Report of the Indian Hemp Drugs Commission, 1894-1895 - Volume VI
Year: 1894
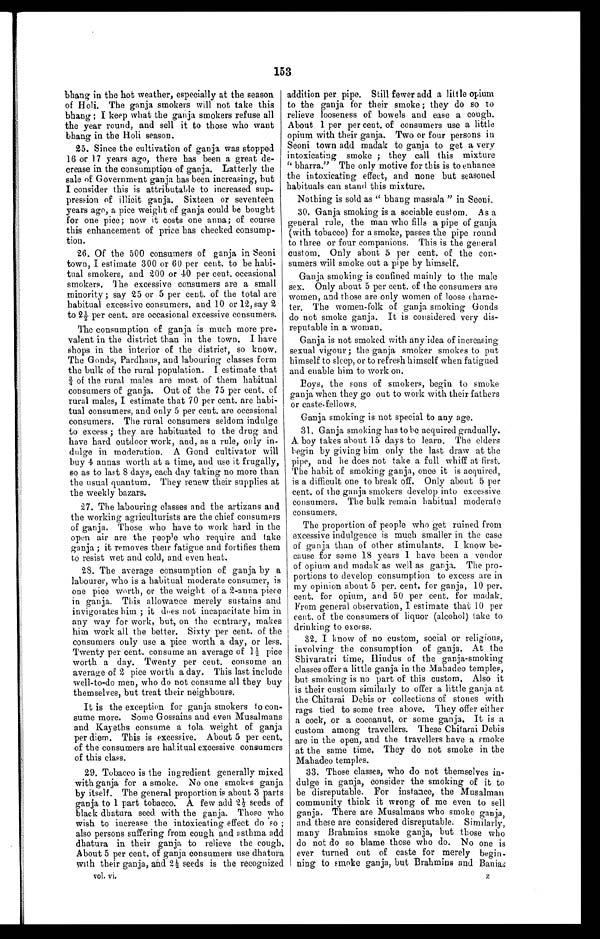
153
bhang in the hot weather, especially at the season
of Holi. The ganja smokers will not take this
bhang ; I keep what the ganja smokers refuse all
the year round, and sell it to those who want
bhang in the Holi season.
25. Since the cultivation of ganja was stopped
16 or 17 years ago, there has been a great de
-
crease in the consumption of ganja. Latterly the
sale of Government ganja has been increasing, but
I consider this is attributable to increased sup
-
pression of illicit ganja. Sixteen or seventeen
years ago, a pice weight of ganja could be bought
for one pice; now it costs one anna; of course
this enhancement of price has checked consump
- t i o n .
26. Of the 500 consumers of ganja in Seoni
town, I estimate 300 or 60 per cent. to be habi
-
tual smokers, and 200 or 40 per cent. occasional
smokers. The excessive consumers are a small
minority; say 25 or 5 per cent. of the total are
habitual excessive consumers, and 10 or 12, say 2
to 2½ per cent. are occasional excessive consumers.
The consumption of ganja is much more pre
-
valent in the district than in the town. I have
shops in the interior of the district, so know.
The Gonds, Pardhans, and labouring classes form
the bulk of the rural population. I estimate that
¾ of the rural males are most of them habitual
consumers of ganja. Out of the 75 per cent. of
rural males, I estimate that 70 per cent. are habi
-
tual consumers, and only 5 per cent. are occasional
consumers. The rural consumers seldom indulge
to excess ; they are habituated to the drug and
have hard outdoor work, and, as a rule, only in
-
dulge in moderation. A Gond cultivator will
buy 4 annas worth at a time, and use it frugally,
so as to last 8 days, each day taking no more than
the usual quantum. They renew their supplies at
the weekly bazars.
27. The labouring classes and the artizans and
the working agriculturists are the chief consumers
of ganja. Those who have to work hard in the
open air are the people who require and take
ganja ; it removes their fatigue and fortifies them
to resist wet and cold, and even heat.
28. The average consumption of ganja by a
labourer, who is a habitual moderate consumer, is
one pice worth, or the weight of a 2-anna piece
in ganja. This allowance merely sustains and
invigorates him ; it does not incapacitate him in
any way for work, but, on the contrary, makes
him work all the better. Sixty per cent. of the
consumers only use a pice worth a day, or less.
Twenty per cent. consume an average of 1½ pice
worth a day. Twenty per cent. consume an
average of 2 pice worth a day. This last include
well-to-do men, who do not consume all they buy
themselves, but treat their neighbours.
It is the exception for ganja smokers to con
-
sume more. Some Gossains and even Musalmans
and Kayeths consume a tola weight of ganja
per diem. This is excessive. About 5 per cent.
of the consumers are habitual excessive consumers
of this class.
29. Tobacco is the ingredient generally mixed
with ganja for a smoke. No one smokes ganja
by itself. The general proportion is about 3 parts
ga nj a t o 1 pa r t t oba c c o. A f e w a dd 2½ s e e ds of
black dhatura seed with the ganja. Those who
wish to increase the intoxicating effect do so ;
also persons suffering from cough and asthma add
dhatura in their ganja to relieve the cough.
About 5 per cent. of ganja consumers use dhatura
with their ganja, and 2½ seeds is the recognized
vol. vi.
addition per pipe. Still fewer add a little opium
to the ganja for their smoke ; they do so to
relieve looseness of bowels and ease a cough.
Ab o u t 1 p e r p e r c e n t . o f c o n s u me r s u s e a l i t t l e
opium with their ganja. Two or four persons in
Seoni town add madak to ganja to get a very
intoxicating smoke ; they call this mixture
"bharra." The only motive for this is to enhance
the intoxicating effect, and none but seasoned
habituals can stand this mixture.
Nothing is sold as "bhang massala" in Seoni.
30. Ganja smoking is a sociable custom. As a
general rule, the man who fills a pipe of ganja
(with tobacco) for a smoke, passes the pipe round
to three or four companions. This is the general
custom. Only about 5 per cent. of the con
-
sumers will smoke out a pipe by himself.
Ganja smoking is confined mainly to the male
sex. Only about 5 per cent. of the consumers are
women, and those are only women of loose charac
-
ter. The women-folk of ganja smoking Gonds
do not smoke ganja. It is considered very dis
-
reputable in a woman.
Ganja is not smoked with any idea of increasing
sexual vigour ; the ganja smoker smokes to put
himself to sleep, or to refresh himself when fatigued
and enable him to work on.
Boys, the sons of smokers, begin to smoke
ganja when they go out to work with their fathers
or caste-fellows.
Ganja smoking is not special to any age.
31. Ganja smoking has to be acquired gradually.
A boy takes about 15 days to learn. The elders
begin by giving him only the last draw at the
pipe, and he does not take a full whiff at first.
The habit of smoking ganja, once it is acquired,
is a difficult one to break off. Only about 5 per
cent. of the ganja smokers develop into excessive
consumers. The bulk remain habitual moderate
consumers.
The proportion of people who get ruined from
excessive indulgence is much smaller in the case
of ganja than of other stimulants. I know b
e -
cause for some 18 years I have been a vendor
of opium and madak as well as ganja. The pro
-
portions to develop consumption to excess are in
my opinion about 5 per. cent. for ganja, 10 per.
cent. for opium, and 50 per cent. for madak.
From general observation, I estimate that 10 per
cent. of the consumers of liquor (alcohol) take to
drinking to excess.
32. I know of no custom, social or religious,
involving the consumption of ganja. At the
Shivaratri time, Hindus of the ganja-smoking
classes offer a little ganja in the Mahadeo temples,
but smoking is no part of this custom. Also it
is their custom similarly to offer a little ganja at
the Chitarai Debis or collections of stones with
rags tied to some tree above. They offer either
a cock, or a cocoanut, or some ganja. It is a
custom among travellers. These Chitarai Debis
are in the open, and the travellers have a smoke
at the same time. They do not smoke in the
Mahadeo temples.
33. Those classes, who do not themselves in
-
dulge in ganja, consider the smoking of it to
be disreputable. For instance, the
M u s a l m a n
community think it wrong of me even to sell
ganja. There are Musalmans who smoke ganja,
and these are considered disreputable. Similarly,
many Brahmins smoke ganja, but those who
do not do so blame those who do. No one is
ever turned out of caste for merely begin-
ning to smoke ganja, but Brahmins and Banias
z